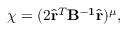
\chi = ( 2 \hat { { \mathbf r } } ^ { T } \mathrm { \bf B ^ { - 1 } } \hat { { \mathbf r } } ) ^ { \mu } ,